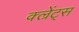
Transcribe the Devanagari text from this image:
क्ल्रेंट्स